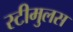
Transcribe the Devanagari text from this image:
स्टीमुलस